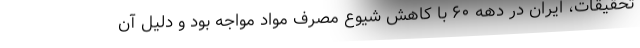
تحقیقات، ایران در دهه ۶۰ با کاهش شیوع مصرف مواد مواجه بود و دلیل آن